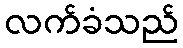
လက်ခံသည်